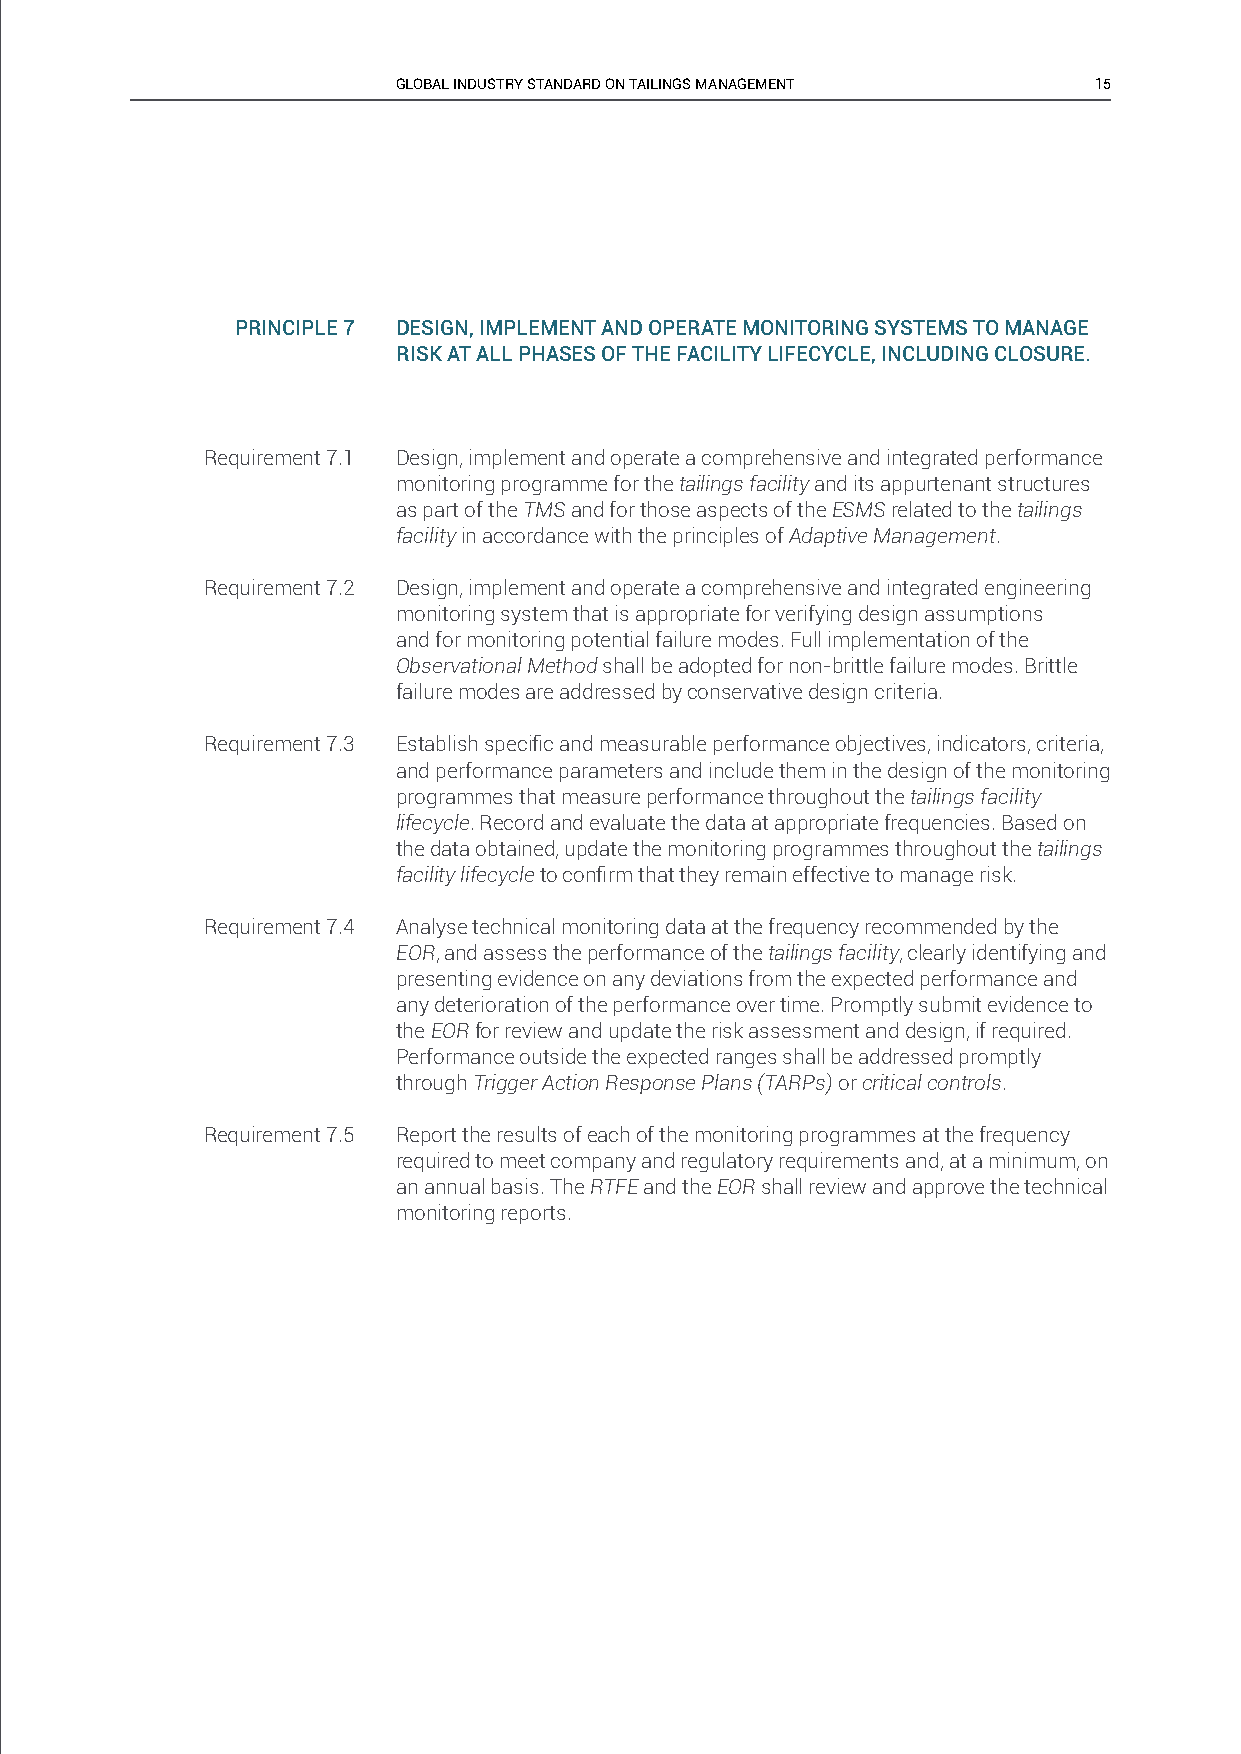
GLOBAL INDUSTRY STANDARD ON TAILINGS MANAGEMENT 15
 PRINCIPLE 7 DESIGN, IMPLEMENT AND OPERATE MONITORING SYSTEMS TO MANAGE
 RISK AT ALL PHASES OF THE FACILITY LIFECYCLE, INCLUDING CLOSURE.
 Requirement 7.1 Design, implement and operate a comprehensive and integrated performance
 monitoring programme for the tailings facility and its appurtenant structures
 as part of the TMS and for those aspects of the ESMS related to the tailings
 facility in accordance with the principles of Adaptive Management.
 Requirement 7.2 Design, implement and operate a comprehensive and integrated engineering
 monitoring system that is appropriate for verifying design assumptions
 and for monitoring potential failure modes. Full implementation of the
 Observational Method shall be adopted for non-brittle failure modes. Brittle
 failure modes are addressed by conservative design criteria.
 Requirement 7.3 Establish specifi c and measurable performance objectives, indicators, criteria,
 and performance parameters and include them in the design of the monitoring
 programmes that measure performance throughout the tailings facility
 lifecycle. Record and evaluate the data at appropriate frequencies. Based on
 the data obtained, update the monitoring programmes throughout the tailings
 facility lifecycle to confi rm that they remain effective to manage risk.
 Requirement 7.4 Analyse technical monitoring data at the frequency recommended by the
 EOR, and assess the performance of the tailings facility, clearly identifying and
 presenting evidence on any deviations from the expected performance and
 any deterioration of the performance over time. Promptly submit evidence to
 the EOR for review and update the risk assessment and design, if required.
 Performance outside the expected ranges shall be addressed promptly
 through Trigger Action Response Plans (TARPs) or critical controls.
 Requirement 7.5 Report the results of each of the monitoring programmes at the frequency
 required to meet company and regulatory requirements and, at a minimum, on
 an annual basis. The RTFE and the EOR shall review and approve the technical
 monitoring reports.